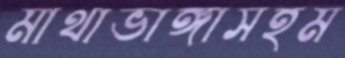
মাথাভাঙ্গাসহম